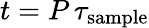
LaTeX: t=P\, \tau_{\mathrm{sample}}